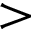
>